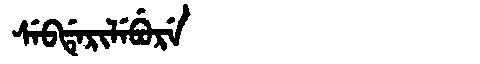
Manchu: ᠰᡝᠪᡩᡝᡵᡳᠯᡝᠪᡠᡵᡝ
Romanization: SEBDERILEBURE